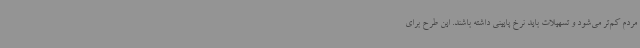
مردم کم‌تر می‌شود و تسهیلات باید نرخ پایینی داشته باشند. این طرح برای